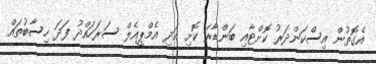
އެގޮތުން އިސްކަންދަރު ކޮށްޓާއި ބަންޑާރަ ކޮށި އަދި އެމްޕީއެލް ސަރަހައްދު ފަދަ ހިސާބުތައް